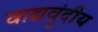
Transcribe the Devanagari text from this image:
वाद्यवृंदीय